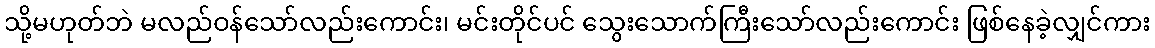
သို့မဟုတ်ဘဲ မလည်ဝန်သော်လည်းကောင်း၊ မင်းတိုင်ပင် သွေးသောက်ကြီးသော်လည်းကောင်း ဖြစ်နေခဲ့လျှင်ကား